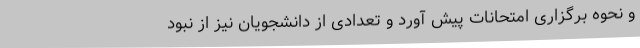
و نحوه برگزاری امتحانات پیش آورد و تعدادی از دانشجویان نیز از نبود